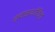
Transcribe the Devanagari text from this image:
स्वस्थचित्त